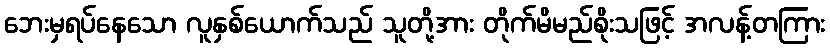
ဘေးမှရပ်နေသော လူနှစ်ယောက်သည် သူတို့အား တိုက်မိမည်စိုးသဖြင့် အလန့်တကြား